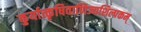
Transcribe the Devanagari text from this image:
कुर्यात्कृषिवाणिज्यशिल्पकम्